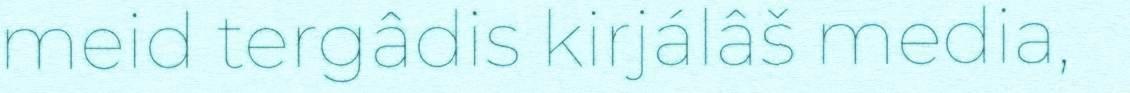
meid tergâdis kirjálâš media,